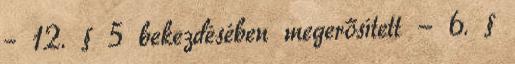
– 12. § 5 bekezdésében megerősített - 6. §